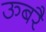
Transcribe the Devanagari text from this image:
ऊबरै